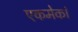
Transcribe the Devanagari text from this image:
एकमेकां